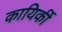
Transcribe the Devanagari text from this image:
कायिर्की